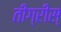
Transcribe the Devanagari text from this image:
तीग्रीस्